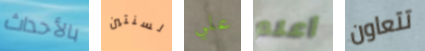
بالأحداث لسنتين علي أعلم تتعاون